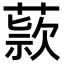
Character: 𬝺